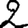
Digit: 2